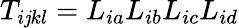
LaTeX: T_{i\mathit{j}kl}=L_{ia}L_{ib}L_{ic}L_{id}